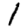
Digit: 1